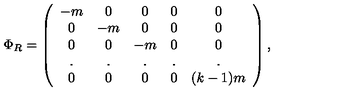
\Phi _ { R } = \left( \begin{array} { c c c c c } { - m } & { 0 } & { 0 } & { 0 } & { 0 \nonumber } \\ { 0 } & { - m } & { 0 } & { 0 } & { 0 \nonumber } \\ { 0 } & { 0 } & { - m } & { 0 } & { 0 \nonumber } \\ { . } & { . } & { . } & { . } & { . \nonumber } \\ { 0 } & { 0 } & { 0 } & { 0 } & { ( k - 1 ) m } \\ \end{array} \right) ,